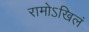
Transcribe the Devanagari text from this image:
रामोऽखिलं